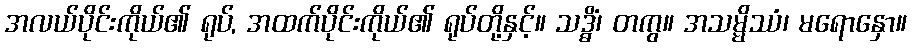
အလယ်ပိုင်းကိုယ်၏ ရုပ်, အထက်ပိုင်းကိုယ်၏ ရုပ်တို့နှင့်။ သဒ္ဓိံ၊ တကွ။ အသမ္မိဿံ၊ မရောနှော။